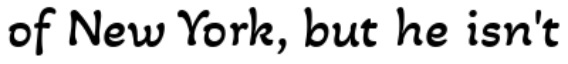
of New York, but he isn't